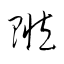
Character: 贓